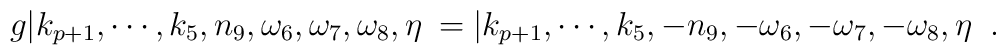
g|k_{p+1},\cdots,k_5,n_9,\omega_6,\omega_7,\omega_8,\eta\>=|k_{p+1},\cdots,k_5,-n_9,-\omega_6,-\omega_7,-\omega_8,\eta\>\ .